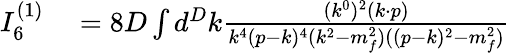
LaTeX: \begin{array}{rl}{I_{6}^{(1)}}&{{}=8D\int d^{D}k\frac{(k^{0})^{2}(k\cdot p)}{k^{4}(p-k)^{4}(k^{2}-m_{f}^{2})((p-k)^{2}-m_{f}^{2})}}\end{array}